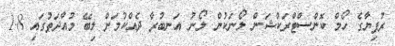
ރުފިޔާގެ ހޯމް ކޮންސްޓްރަކްޝަން ލޯނަކުން ލޯނު އަނބުރާ ދެއްކުމަށް ލިބޭ މުއްދަތުގައި 1.8